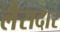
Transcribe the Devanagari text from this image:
लैसदार